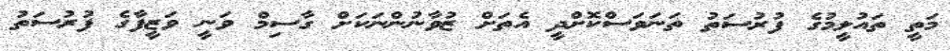
މަތީ ތައުލީމުގެ ފުރުސަތު ތަނަވަސްކޮށްދީ އެތަށް ޒުވާނުންނަކަށް ގާސިމް ވަނީ ވަޒީފާގެ ފުރުސަތު